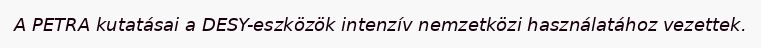
A PETRA kutatásai a DESY-eszközök intenzív nemzetközi használatához vezettek.